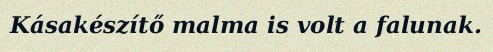
Kásakészítő malma is volt a falunak.